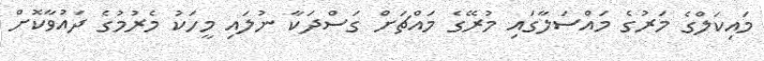
މައިކަލްގެ މަރުގެ މައްސަލާގައި މުރޭގެ މައްޗަށް ގަސްދަކާ ނުލައި މީހަކު މެރުމުގެ ދައުވާކޮށް